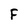
Character: F